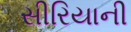
સીરિયાની